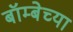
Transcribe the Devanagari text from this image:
बॉम्बेच्या